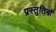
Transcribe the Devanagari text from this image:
प्रस्‍तुतियों